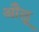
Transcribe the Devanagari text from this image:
औलू